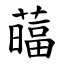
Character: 䕎